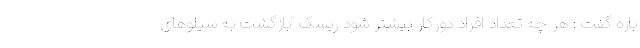
باره گفت : هر چه تعداد افراد دورکار بیشتر شود ریسک "بازگشت به سیلوهای